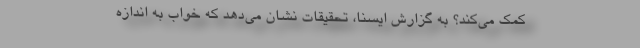
کمک می‌کند؟ به گزارش ایسنا، تحقیقات نشان می‌دهد که خواب به اندازه